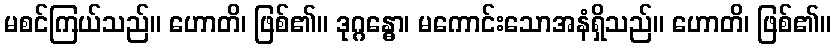
မစင်ကြယ်သည်။ ဟောတိ၊ ဖြစ်၏။ ဒုဂ္ဂန္ဓော၊ မကောင်းသောအနံရှိသည်။ ဟောတိ၊ ဖြစ်၏။